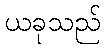
ယခုသည်